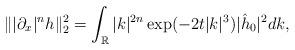
LaTeX: \begin{align*}\||\partial_x|^nh\|_2^2=\int_{\mathbb{R}}|k|^{2n}\exp(-2t|k|^3)|\hat h_0|^2dk,\end{align*}